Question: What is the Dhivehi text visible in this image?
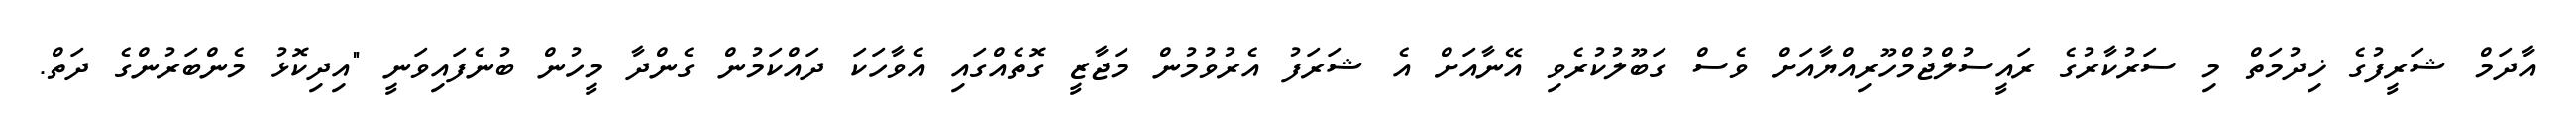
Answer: އާދަމް ޝަރީފުގެ ޚިދުމަތް މި ސަރުކާރުގެ ރައީސުލްޖުމްހޫރިއްޔާއަށް ވެސް ގަބޫލުކުރެވި އޭނާއަށް އެ ޝަރަފު އެރުވުމުން މަޖާޒީ ގޮތެއްގައި އެވާހަކަ ދައްކަމުން ގެންދާ މީހުން ބުނެފައިވަނީ "އިދިކޮޅު މެންބަރުންގެ ދަތް.